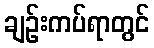
ချဉ်းကပ်ရာတွင်